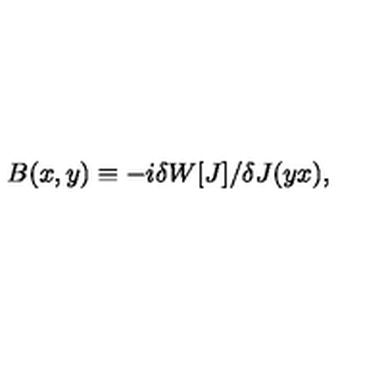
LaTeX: B ( x , y ) \equiv - i \delta W \lbrack J \rbrack / \delta J ( y x ) ,